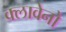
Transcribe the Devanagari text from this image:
क्लावेनो